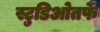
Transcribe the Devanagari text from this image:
स्टुडिओतर्फे